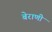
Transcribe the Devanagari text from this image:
बेराणी